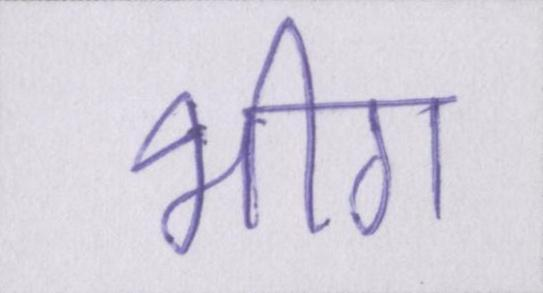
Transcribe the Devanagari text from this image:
भीग